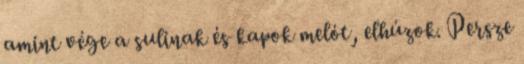
amint vége a sulinak és kapok melót, elhúzok. Persze